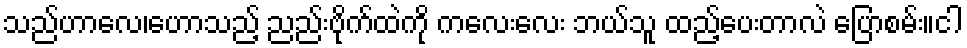
သည်ဟာလေ၊ဟောသည့် ညည်းဗိုက်ထဲကို ကလေးလေး ဘယ်သူ ထည့်ပေးတာလဲ ပြောစမ်း။ငါ